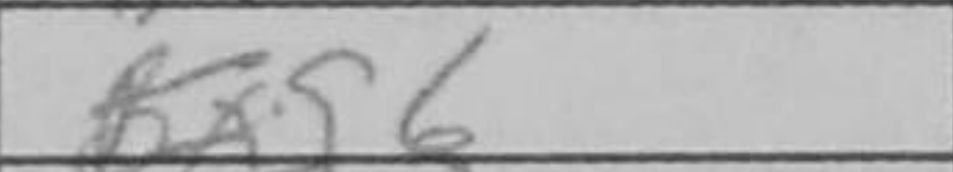
Transcription: Bxg6